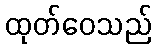
ထုတ်ဝေသည်